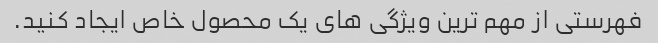
فهرستی از مهم ترین ویژگی های یک محصول خاص ایجاد کنید.